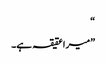
“
”میرا عقیقہ ہے۔